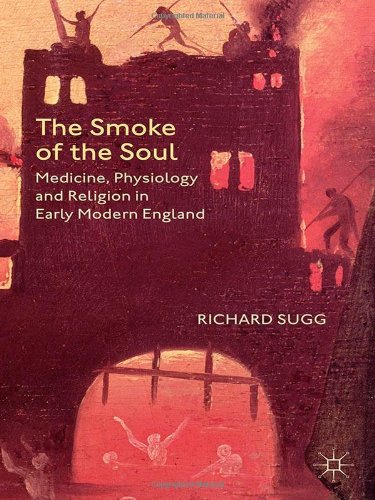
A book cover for The Smoke of the Soul: Medicine, Physiology and Religion in Early Modern England; Richard Sugg; Christian Books & Bibles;